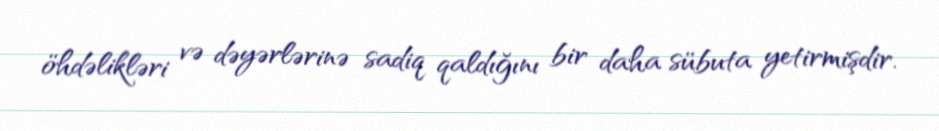
öhdəlikləri və dəyərlərinə sadiq qaldığını bir daha sübuta yetirmişdir.